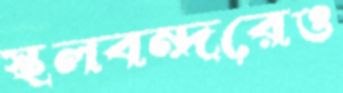
স্থলবন্দরেও